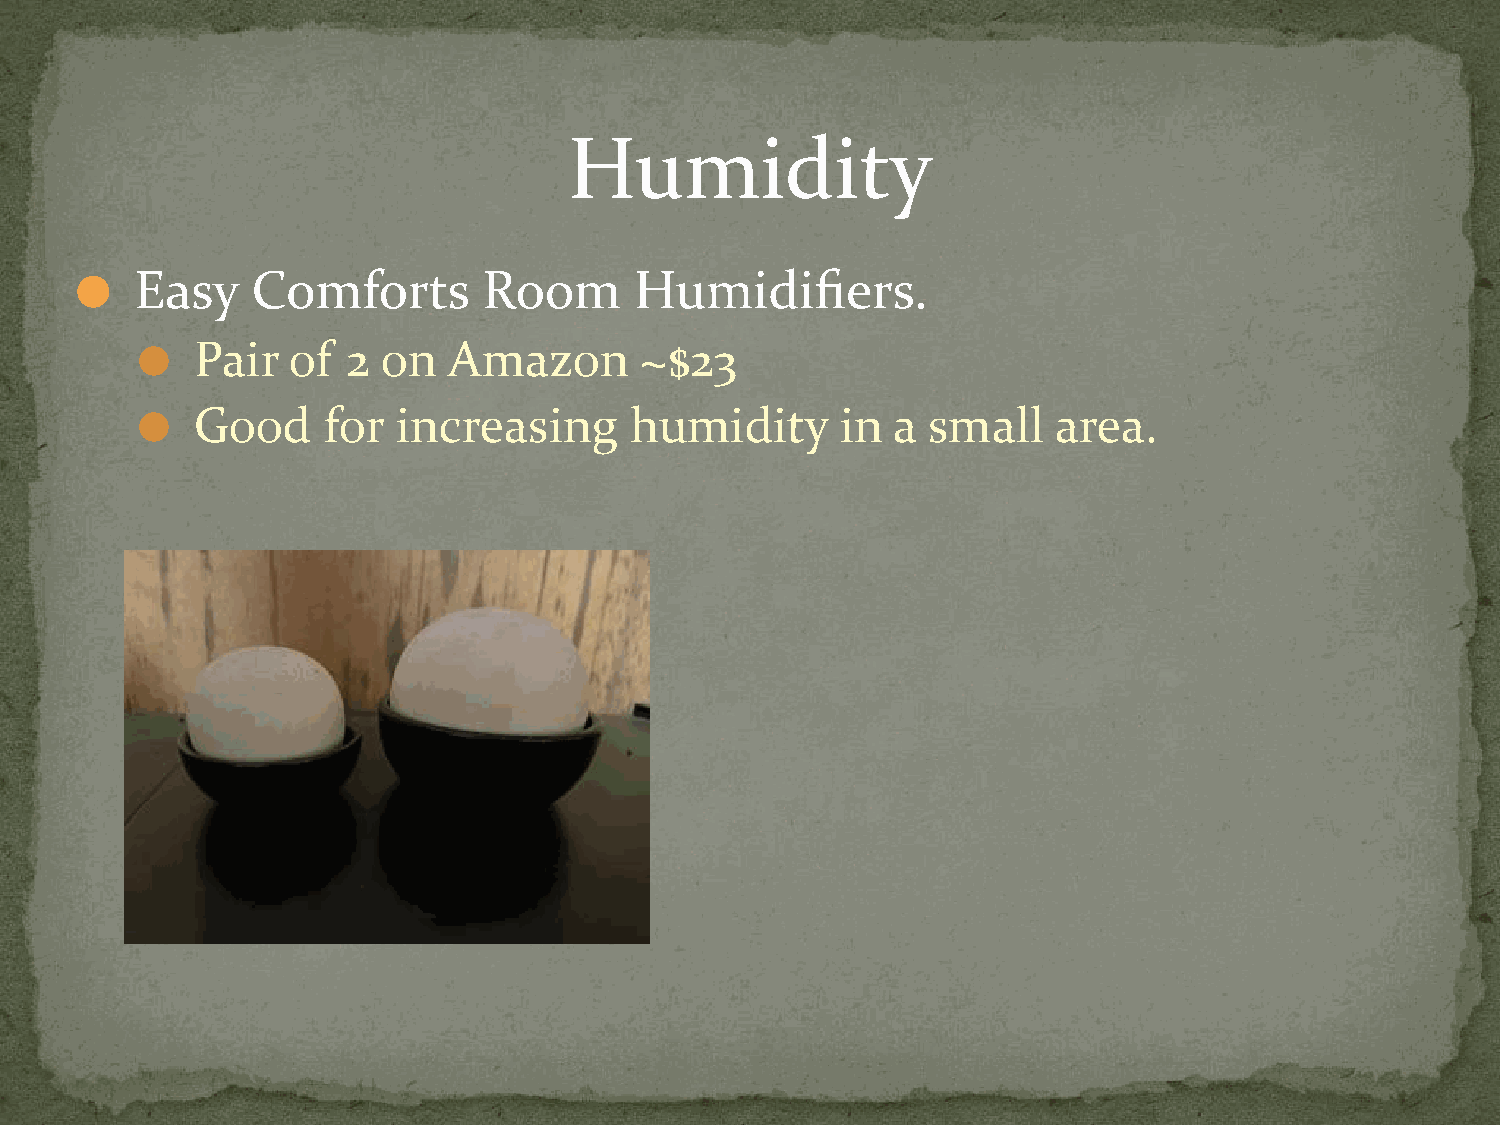
Humidity
 Easy    Comforts       Room      Humidifiers.
 ⚫
 Pair  of  2 on   Amazon      ~$23
 ⚫
 Good    for  increasing      humidity      in a small    area.
 ⚫